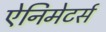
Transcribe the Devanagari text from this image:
ऐनिमेटर्स